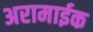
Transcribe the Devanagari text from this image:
अरामाईक